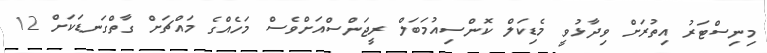
މިނިސްޓަރު އިތުރަށް ވިދާޅުވީ މެޑިކަލް ކޮންސިއުމަބަލް ރީޖަންސްއަށްވެސް މަހެއްގެ މައްޗަށް ގާތްގަނޑަކަށް 12